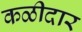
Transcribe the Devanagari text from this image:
कळीदार